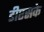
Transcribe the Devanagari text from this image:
डीएसके